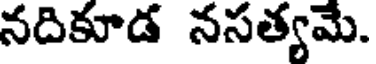
నదికూడ నసత్యమే.